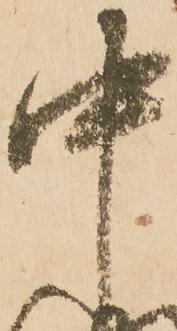
中